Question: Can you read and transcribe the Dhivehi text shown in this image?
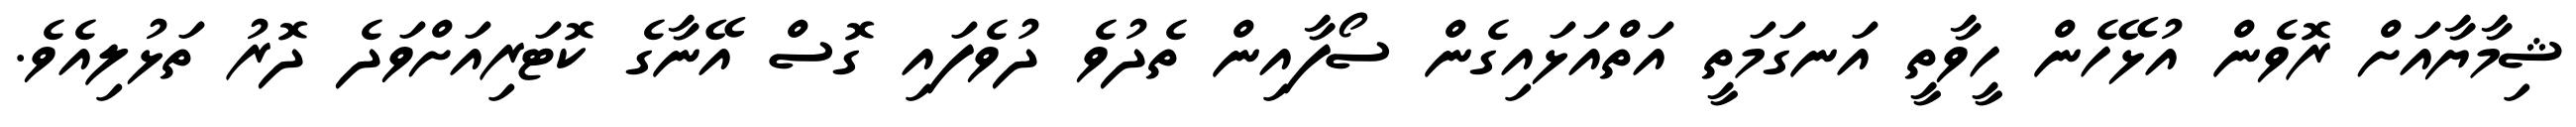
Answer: ޝިމާޔާއަށް ރޮވެން އުޅޭހެން ހީވާތީ އަނގަމަތީ އަތްއަޅައިގެން ސޯފާއިން ތެދުވެ ދުވެފައި ގޮސް އޭނާގެ ކޮޓަރިއަށްވަދެ ދޮރު ތަޅުލިއެވެ.